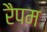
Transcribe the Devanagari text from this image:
रैपम